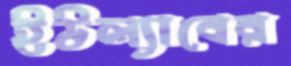
ইউল্যাবের